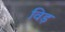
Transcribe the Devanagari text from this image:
विड़